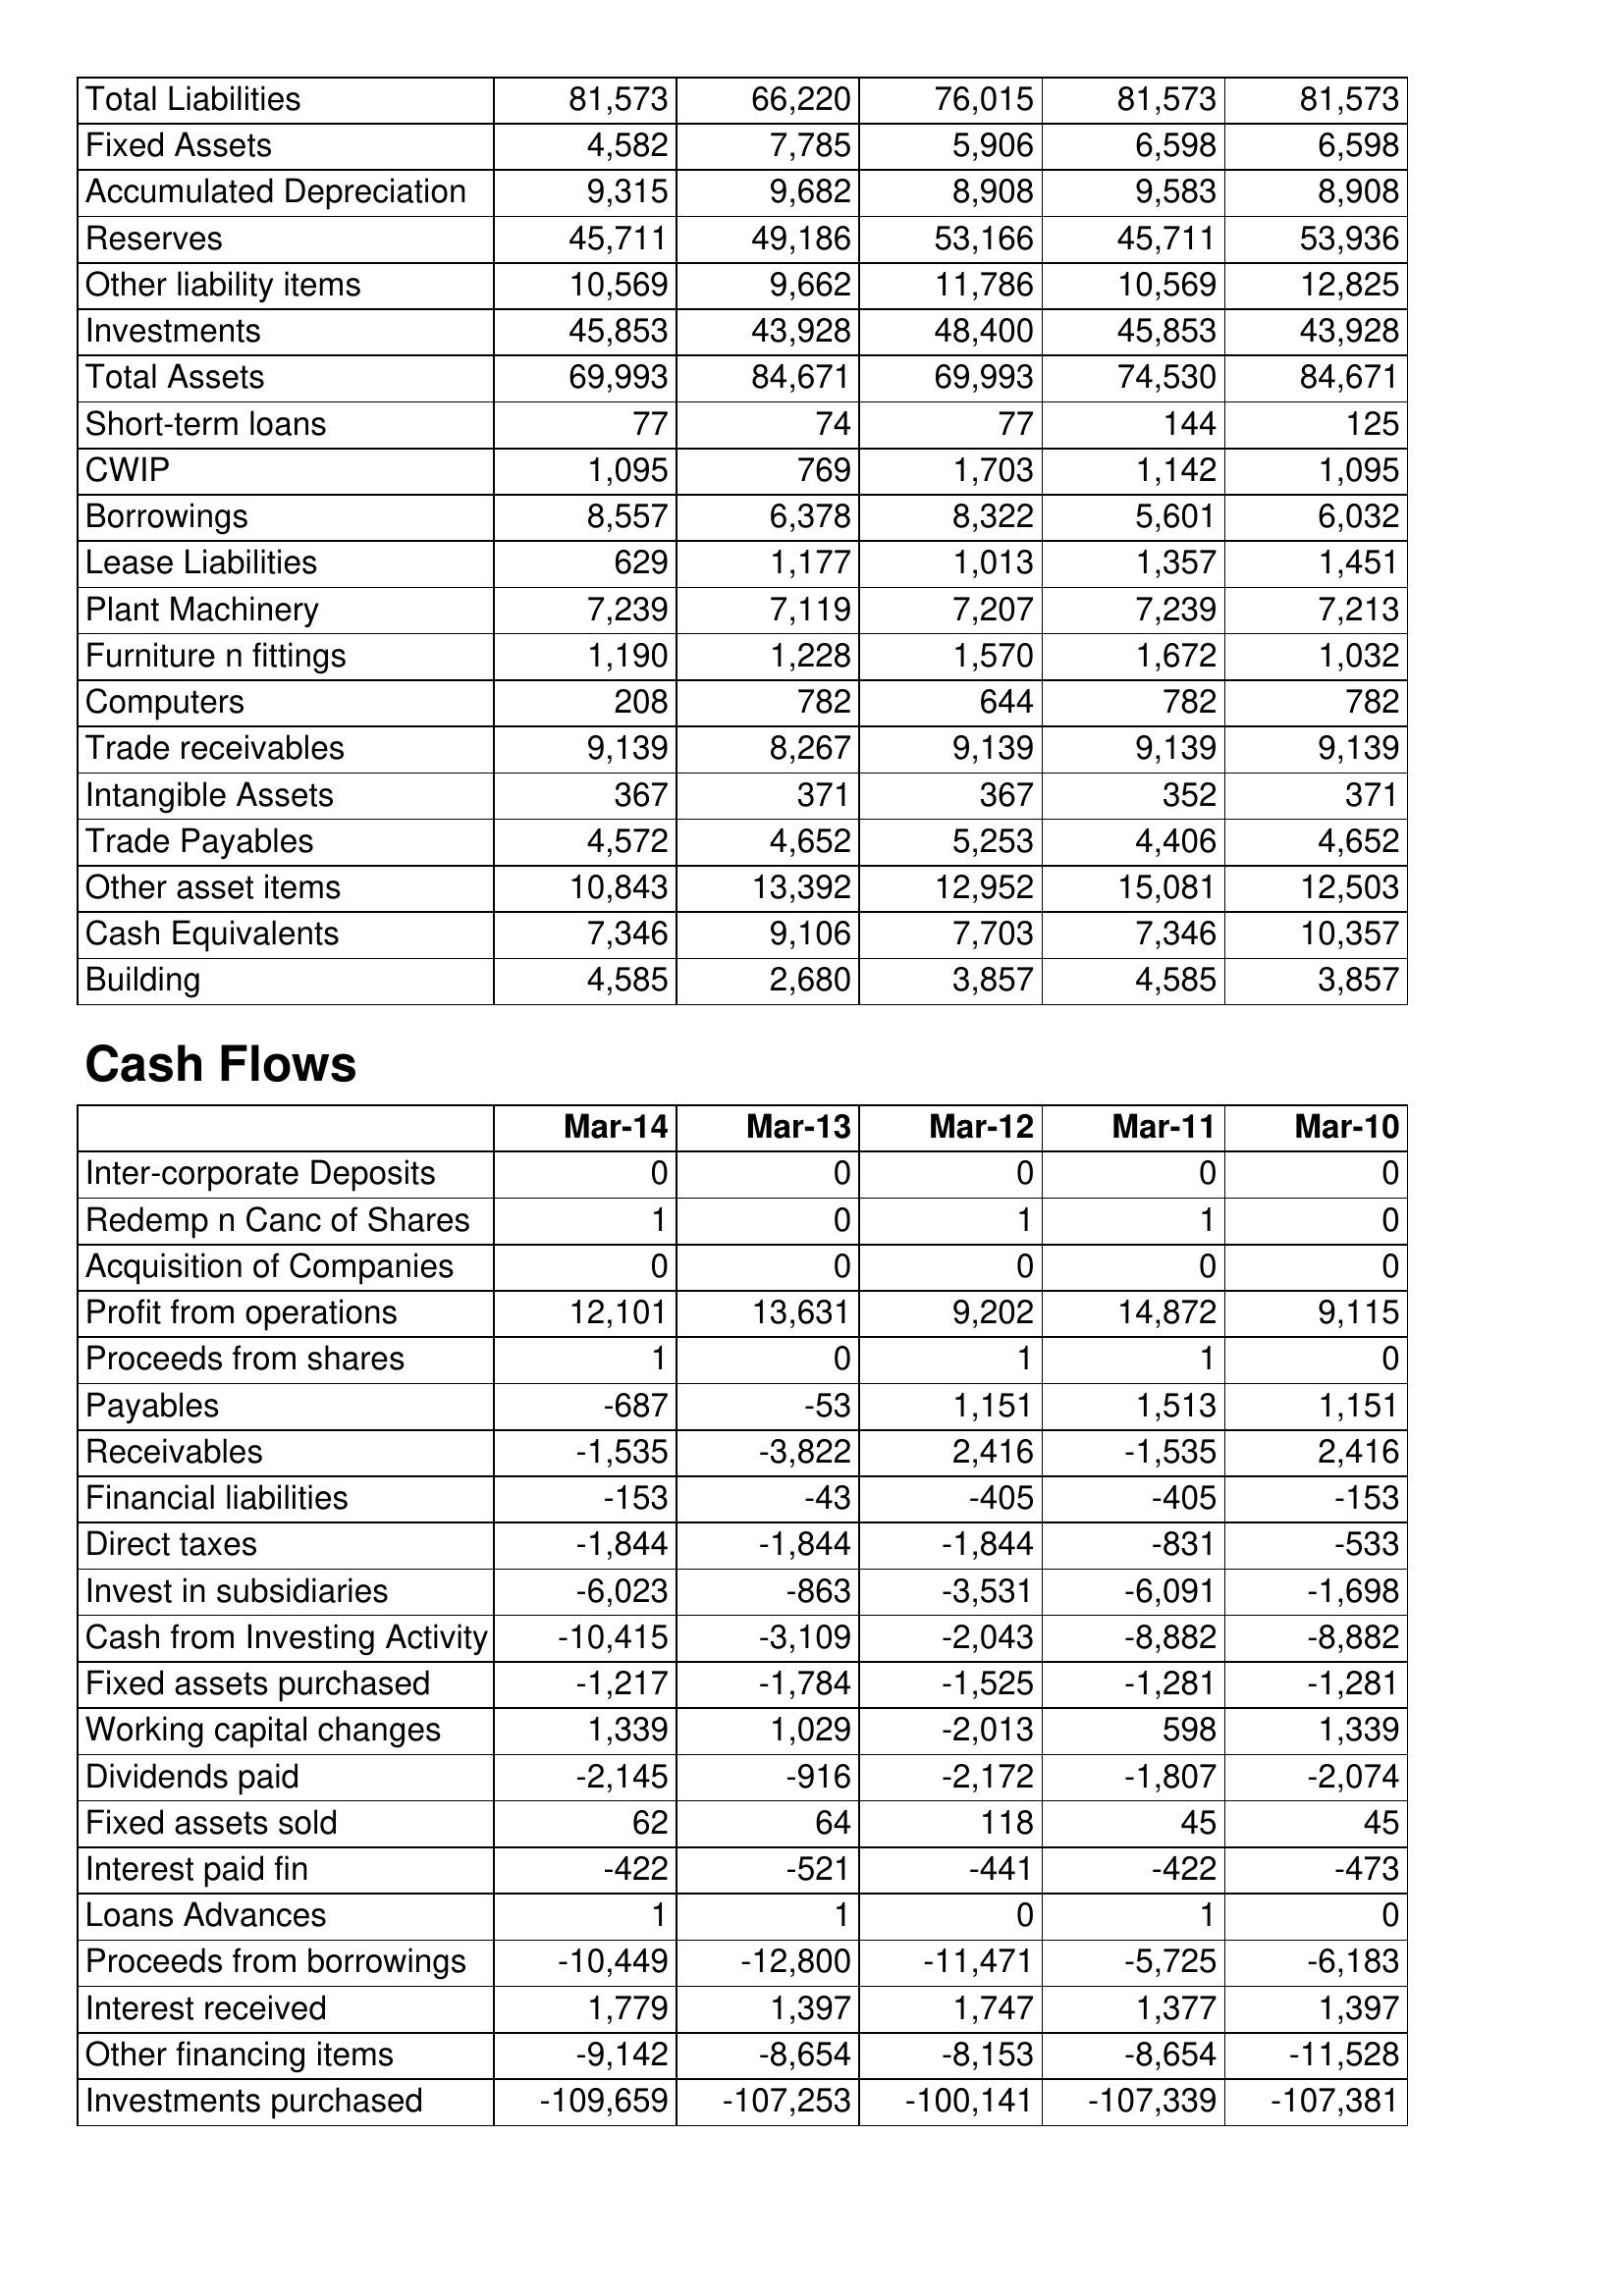
Mar-14: Balance Sheet: Total Liabilities: 81,573
Fixed Assets: 4,582
Accumulated Depreciation: 9,315
Reserves: 45,711
Other liability items: 10,569
Investments: 45,853
Total Assets: 69,993
Short-term loans: 77
CWIP: 1,095
Borrowings: 8,557
Lease Liabilities: 629
Plant Machinery: 7,239
Furniture n fittings: 1,190
Computers: 208
Trade receivables: 9,139
Intangible Assets: 367
Trade Payables: 4,572
Other asset items: 10,843
Cash Equivalents: 7,346
Building: 4,585
Cash Flows: Inter-corporate Deposits: 0
Redemp n Canc of Shares: 1
Acquisition of Companies: 0
Profit from operations: 12,101
Proceeds from shares: 1
Payables: -687
Receivables: -1,535
Financial liabilities: -153
Direct taxes: -1,844
Invest in subsidiaries: -6,023
Cash from Investing Activity: -10,415
Fixed assets purchased: -1,217
Working capital changes: 1,339
Dividends paid: -2,145
Fixed assets sold: 62
Interest paid fin: -422
Loans Advances: 1
Proceeds from borrowings: -10,449
Interest received: 1,779
Other financing items: -9,142
Investments purchased: -109,659
Mar-13: Balance Sheet: Total Liabilities: 66,220
Fixed Assets: 7,785
Accumulated Depreciation: 9,682
Reserves: 49,186
Other liability items: 9,662
Investments: 43,928
Total Assets: 84,671
Short-term loans: 74
CWIP: 769
Borrowings: 6,378
Lease Liabilities: 1,177
Plant Machinery: 7,119
Furniture n fittings: 1,228
Computers: 782
Trade receivables: 8,267
Intangible Assets: 371
Trade Payables: 4,652
Other asset items: 13,392
Cash Equivalents: 9,106
Building: 2,680
Cash Flows: Inter-corporate Deposits: 0
Redemp n Canc of Shares: 0
Acquisition of Companies: 0
Profit from operations: 13,631
Proceeds from shares: 0
Payables: -53
Receivables: -3,822
Financial liabilities: -43
Direct taxes: -1,844
Invest in subsidiaries: -863
Cash from Investing Activity: -3,109
Fixed assets purchased: -1,784
Working capital changes: 1,029
Dividends paid: -916
Fixed assets sold: 64
Interest paid fin: -521
Loans Advances: 1
Proceeds from borrowings: -12,800
Interest received: 1,397
Other financing items: -8,654
Investments purchased: -107,253
Mar-12: Balance Sheet: Total Liabilities: 76,015
Fixed Assets: 5,906
Accumulated Depreciation: 8,908
Reserves: 53,166
Other liability items: 11,786
Investments: 48,400
Total Assets: 69,993
Short-term loans: 77
CWIP: 1,703
Borrowings: 8,322
Lease Liabilities: 1,013
Plant Machinery: 7,207
Furniture n fittings: 1,570
Computers: 644
Trade receivables: 9,139
Intangible Assets: 367
Trade Payables: 5,253
Other asset items: 12,952
Cash Equivalents: 7,703
Building: 3,857
Cash Flows: Inter-corporate Deposits: 0
Redemp n Canc of Shares: 1
Acquisition of Companies: 0
Profit from operations: 9,202
Proceeds from shares: 1
Payables: 1,151
Receivables: 2,416
Financial liabilities: -405
Direct taxes: -1,844
Invest in subsidiaries: -3,531
Cash from Investing Activity: -2,043
Fixed assets purchased: -1,525
Working capital changes: -2,013
Dividends paid: -2,172
Fixed assets sold: 118
Interest paid fin: -441
Loans Advances: 0
Proceeds from borrowings: -11,471
Interest received: 1,747
Other financing items: -8,153
Investments purchased: -100,141
Mar-11: Balance Sheet: Total Liabilities: 81,573
Fixed Assets: 6,598
Accumulated Depreciation: 9,583
Reserves: 45,711
Other liability items: 10,569
Investments: 45,853
Total Assets: 74,530
Short-term loans: 144
CWIP: 1,142
Borrowings: 5,601
Lease Liabilities: 1,357
Plant Machinery: 7,239
Furniture n fittings: 1,672
Computers: 782
Trade receivables: 9,139
Intangible Assets: 352
Trade Payables: 4,406
Other asset items: 15,081
Cash Equivalents: 7,346
Building: 4,585
Cash Flows: Inter-corporate Deposits: 0
Redemp n Canc of Shares: 1
Acquisition of Companies: 0
Profit from operations: 14,872
Proceeds from shares: 1
Payables: 1,513
Receivables: -1,535
Financial liabilities: -405
Direct taxes: -831
Invest in subsidiaries: -6,091
Cash from Investing Activity: -8,882
Fixed assets purchased: -1,281
Working capital changes: 598
Dividends paid: -1,807
Fixed assets sold: 45
Interest paid fin: -422
Loans Advances: 1
Proceeds from borrowings: -5,725
Interest received: 1,377
Other financing items: -8,654
Investments purchased: -107,339
Mar-10: Balance Sheet: Total Liabilities: 81,573
Fixed Assets: 6,598
Accumulated Depreciation: 8,908
Reserves: 53,936
Other liability items: 12,825
Investments: 43,928
Total Assets: 84,671
Short-term loans: 125
CWIP: 1,095
Borrowings: 6,032
Lease Liabilities: 1,451
Plant Machinery: 7,213
Furniture n fittings: 1,032
Computers: 782
Trade receivables: 9,139
Intangible Assets: 371
Trade Payables: 4,652
Other asset items: 12,503
Cash Equivalents: 10,357
Building: 3,857
Cash Flows: Inter-corporate Deposits: 0
Redemp n Canc of Shares: 0
Acquisition of Companies: 0
Profit from operations: 9,115
Proceeds from shares: 0
Payables: 1,151
Receivables: 2,416
Financial liabilities: -153
Direct taxes: -533
Invest in subsidiaries: -1,698
Cash from Investing Activity: -8,882
Fixed assets purchased: -1,281
Working capital changes: 1,339
Dividends paid: -2,074
Fixed assets sold: 45
Interest paid fin: -473
Loans Advances: 0
Proceeds from borrowings: -6,183
Interest received: 1,397
Other financing items: -11,528
Investments purchased: -107,381